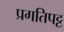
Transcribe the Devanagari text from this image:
प्रगतिपट्ट